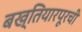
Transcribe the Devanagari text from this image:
बख्तियारपूरची